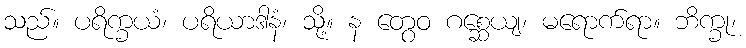
သည်။ ပရိက္ခယံ၊ ပရိယာဒါနံ၊ သို့။ န တွေဝ ဂစ္ဆေယျ၊ မရောက်ရာ။ ဘိက္ခု၊